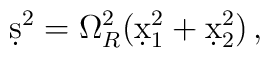
\d s^2 =   \Omega_R^2 ( \d x_1^2 + \d x_2^2 ) \, ,